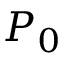
P _ { 0 }